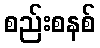
စည်းစနစ်